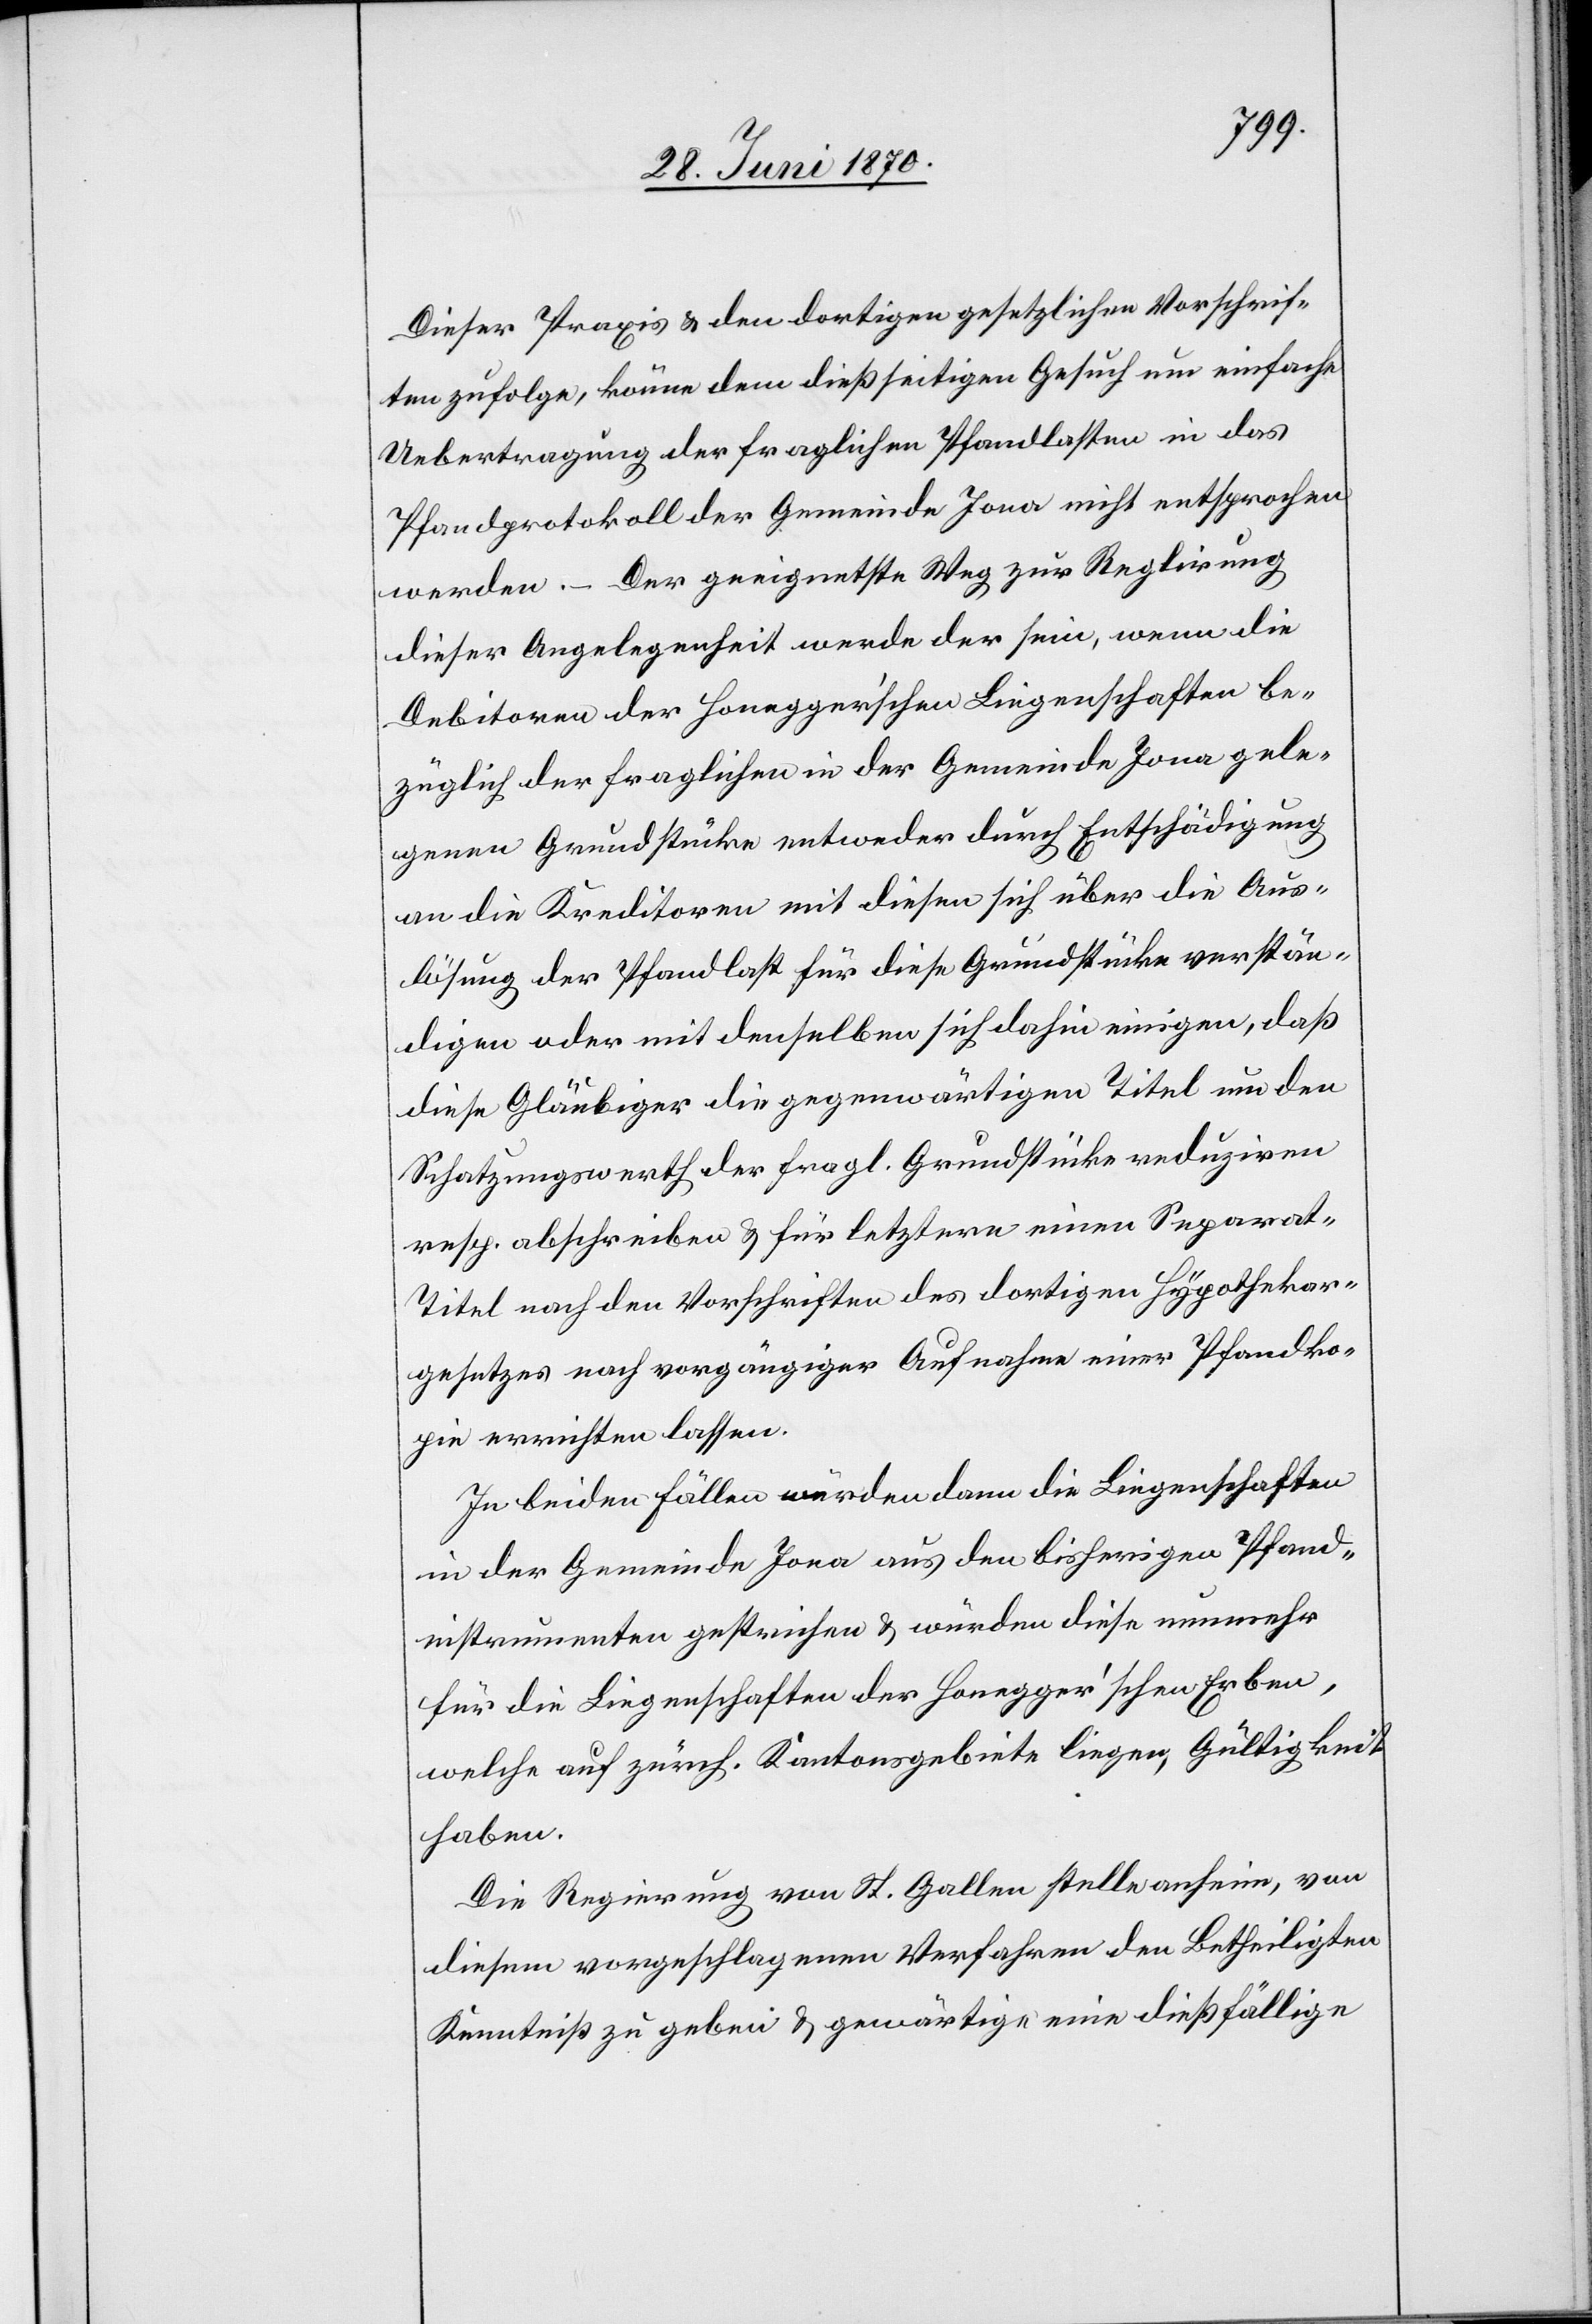
Dieser Praxis & den dortigen gesetzlichen Vorschrif¬
ten zufolge, könne dem dießseitigen Gesuch um einfache
Uebertragung der fraglichen Pfandlasten in das
Pfandprotokoll der Gemeinde Jona nicht entsprochen
werden. – Der geeignetste Weg zur Reglirung
dieser Angelegenheit werde der sein, wenn die
Debitoren der Honegger’schen Liegenschaften be¬
züglich der fraglichen in der Gemeinde Jona gele¬
genen Grundstücke entweder durch Entschädigung
an die Kreditoren mit diesen sich über die Aus¬
lösung der Pfandlast für diese Grundstücke verstän¬
digen oder mit demselben sich dahin einigen, daß
diese Gläubiger die gegenwärtigen Titel um den
Schatzungswerth der fragl. Grundstücke reduziren
resp. abschreiben & für letztere einen Separat-T¬
itel nach den Vorschriften des dortigen Hypothekar¬
gesetzes nach vorgängiger Aufnahme einer Pfandko¬
pie errichten lassen.
In beiden Fällen würden dann die Liegenschaften
in der Gemeinde Jona aus den bisherigen Pfand¬
instrumenten gestrichen & würden diese nunmehr
für die Liegenschaften der Honegger’schen Erben,
welche auf zürch. Kantonsgebiete liegen, Gültigkeit
haben.
Die Regierung von St. Gallen stelle anheim, von
diesem vorgeschlagenen Verfahren den Betheiligten
Kenntniß zu geben & gewärtige eine dießfällige